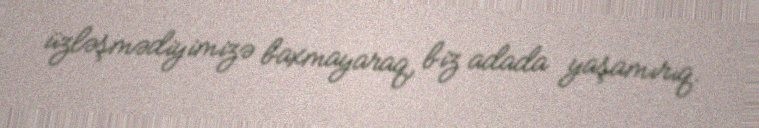
üzləşmədiyimizə baxmayaraq, biz adada yaşamırıq.